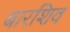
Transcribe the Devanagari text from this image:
बारशिव